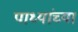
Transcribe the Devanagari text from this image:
पाध्यांच्या